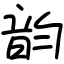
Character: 韵